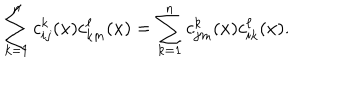
\sum _ { k = 1 } ^ { n } c _ { i j } ^ { k } ( x ) c _ { k m } ^ { \ell } ( x ) = \sum _ { k = 1 } ^ { n } c _ { j m } ^ { k } ( x ) c _ { i k } ^ { \ell } ( x ) .